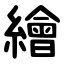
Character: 繪